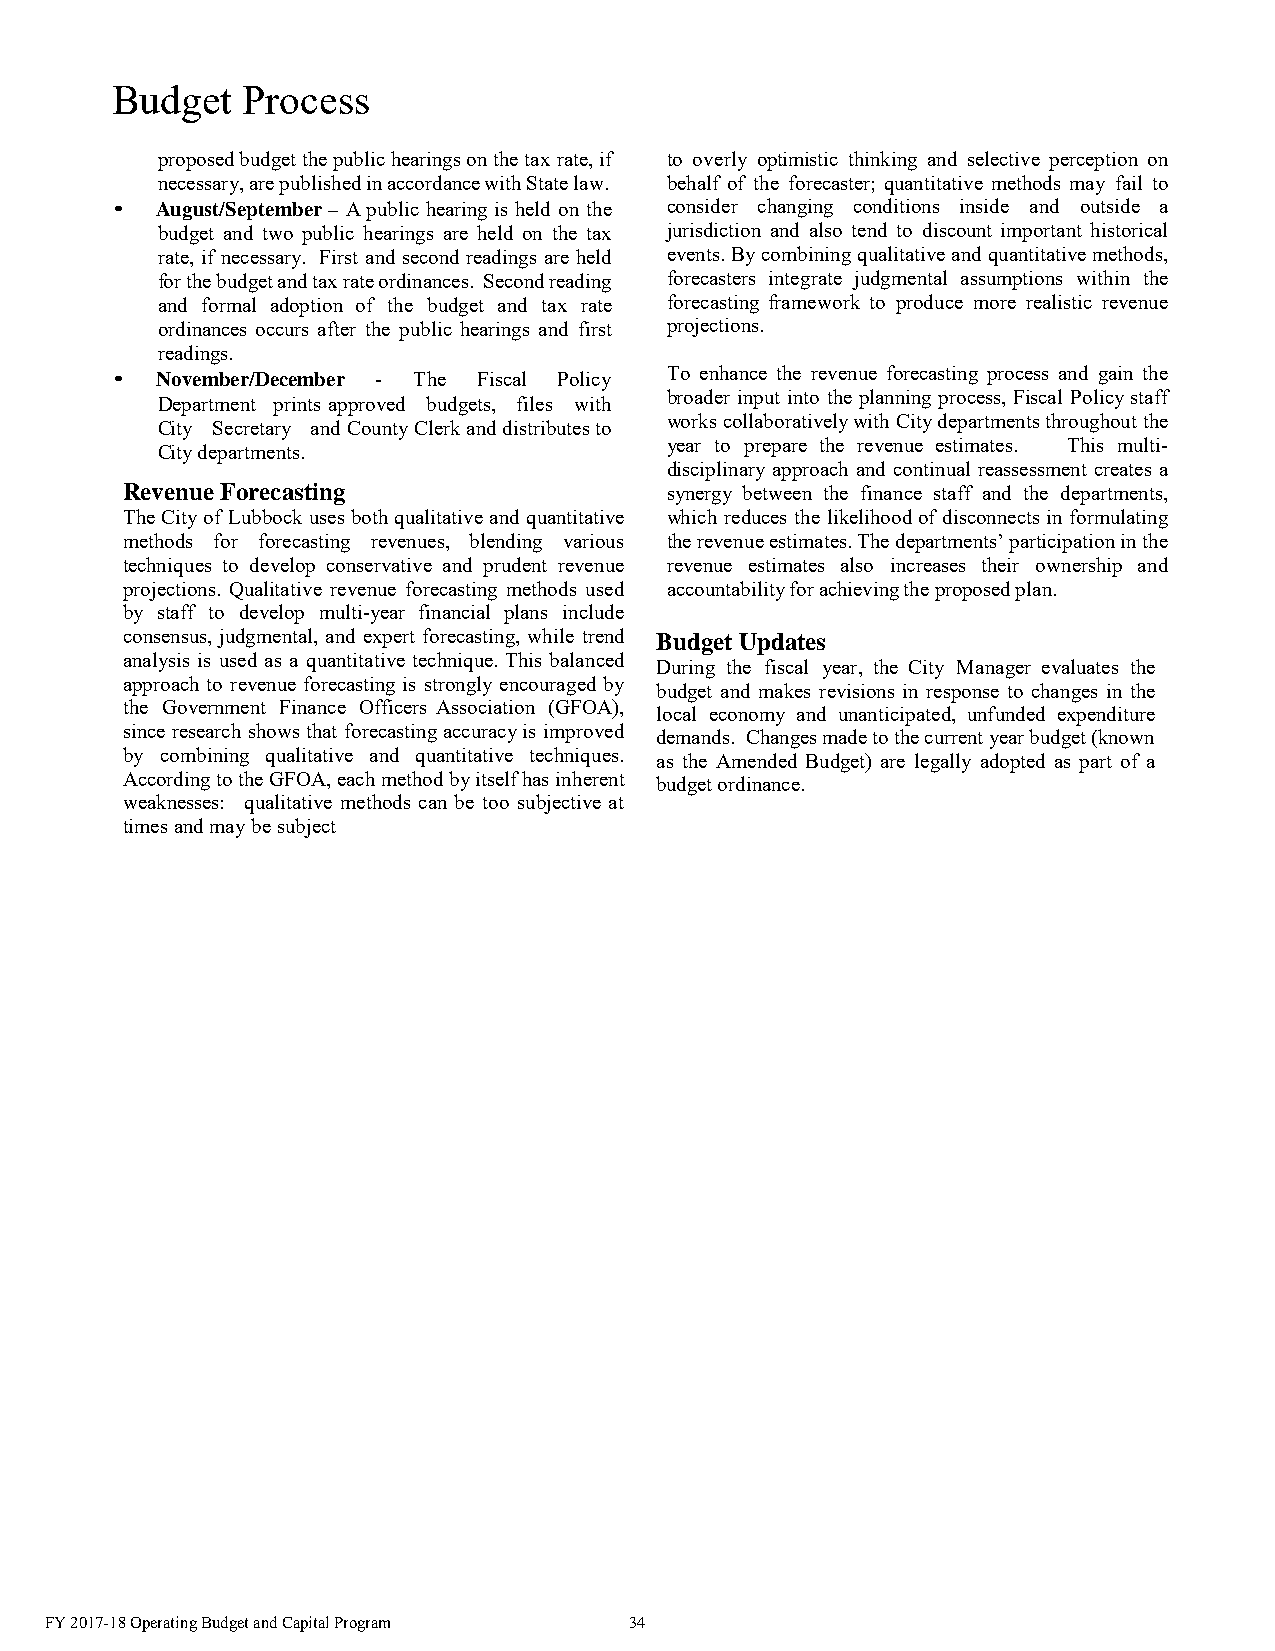
Budget   Process
 proposed budget the public hearings on the tax rate, if to overly optimistic thinking and selective perception on
 necessary, are published in accordance with State law. behalf of the forecaster; quantitative methods may fail to
 •  August/September – A public hearing is held on the consider changing conditions inside and outside a
 budget and two public hearings are held on the tax jurisdiction and also tend to discount important historical
 rate, if necessary. First and second readings are held events. By combining qualitative and quantitative methods,
 for the budget and tax rate ordinances. Second reading forecasters integrate judgmental assumptions within the
 and formal adoption of the budget and tax rate forecasting framework to produce more realistic revenue
 ordinances occurs after the public hearings and first projections.
 readings.
 •  November/December - The Fiscal Policy To enhance the revenue forecasting process and gain the
 broader input into the planning process, Fiscal Policy staff
 Department prints approved budgets, files with
 works collaboratively with City departments throughout the
 City Secretary and County Clerk and distributes to
 year to prepare the revenue estimates. This multi-
 City departments.
 disciplinary approach and continual reassessment creates a
 Revenue Forecasting                 synergy between the finance staff and the departments,
 The City of Lubbock uses both qualitative and quantitative which reduces the likelihood of disconnects in formulating
 methods for forecasting revenues, blending various the revenue estimates. The departments’ participation in the
 techniques to develop conservative and prudent revenue revenue estimates also increases their ownership and
 projections. Qualitative revenue forecasting methods used accountability for achieving the proposed plan.
 by staff to develop multi-year financial plans include
 consensus, judgmental, and expert forecasting, while trend Budget Updates
 analysis is used as a quantitative technique. This balanced
 During the fiscal year, the City Manager evaluates the
 approach to revenue forecasting is strongly encouraged by
 budget and makes revisions in response to changes in the
 the Government Finance Officers Association (GFOA),
 local economy and unanticipated, unfunded expenditure
 since research shows that forecasting accuracy is improved demands. Changes made to the current year budget (known
 by combining qualitative and quantitative techniques. as the Amended Budget) are legally adopted as part of a
 According to the GFOA, each method by itself has inherent budget ordinance.
 weaknesses: qualitative methods can be too subjective at
 times and may be subject
 FY 2017-18 Operating Budget and Capital Program 34